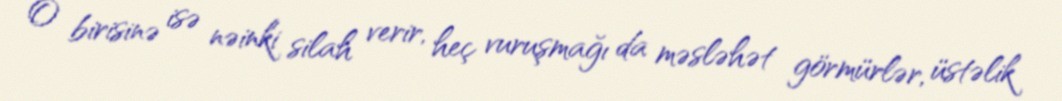
O birisinə isə nəinki silah verir, heç vuruşmağı da məsləhət görmürlər, üstəlik